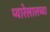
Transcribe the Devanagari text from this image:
प्यारेलालच्या